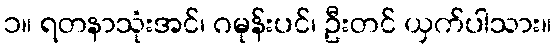
၁။ ရတနာသုံးအင်၊ ဂမုန်းပင်၊ ဦးတင် ယှက်ပါသား။